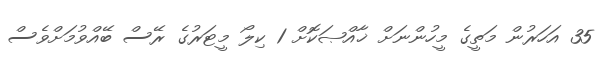
35 އަހަރުން މަތީގެ މީހުންނަށް ޚާއްޞަކޮށް 1 ކިލޯ މީޓަރުގެ ރޭސް ބޭއްވުމަށްވެސް